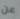
عن